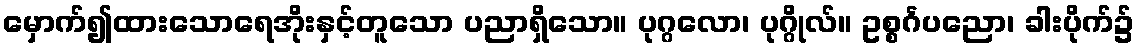
မှောက်၍ထားသောရေအိုးနှင့်တူသော ပညာရှိသော။ ပုဂ္ဂလော၊ ပုဂ္ဂိုလ်။ ဥစ္စင်္ဂပညော၊ ခါးပိုက်၌